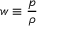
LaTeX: w \equiv { \frac { p } { \rho } }